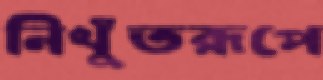
নিখুঁতরূপে